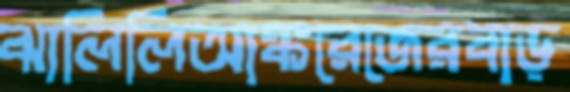
ঝালিলিআঙ্করেজেরবাড়